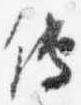
伝